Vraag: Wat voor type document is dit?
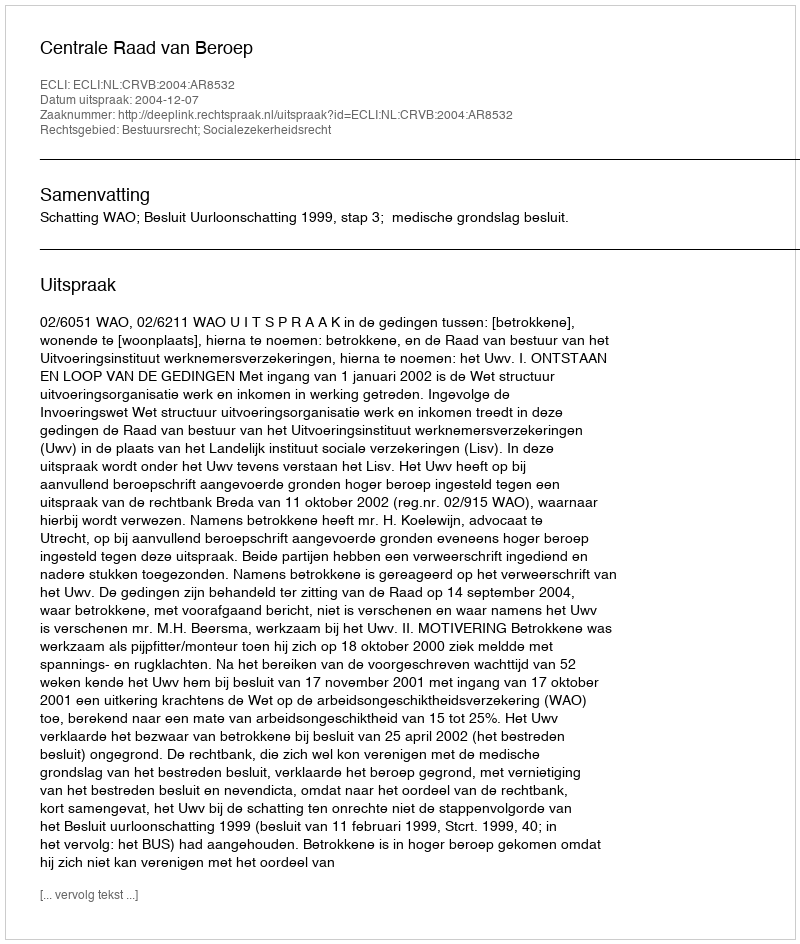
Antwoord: Uitspraak